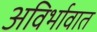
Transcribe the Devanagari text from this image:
अविर्भावात